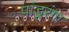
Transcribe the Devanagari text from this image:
पांडूरंगा